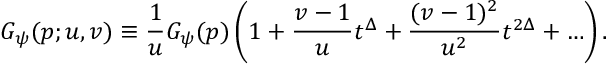
G _ { \psi } ( p ; u , v ) \equiv \frac { 1 } { u } G _ { \psi } ( p ) \left( 1 + \frac { v - 1 } { u } t ^ { \Delta } + \frac { ( v - 1 ) ^ { 2 } } { u ^ { 2 } } t ^ { 2 \Delta } + \ldots \right) .